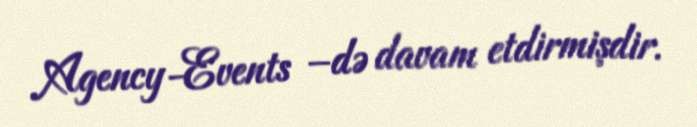
Agency-Events –də davam etdirmişdir.